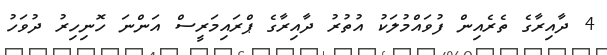
4 ދާއިރާގެ ތެރެއިން ފުވައްމުލަކު އުތުރު ދާއިރާގެ ޕްރައިމަރީސް އަންނަ ހޮނިހިރު ދުވަހު